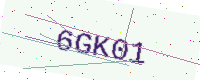
Text: 6GK01